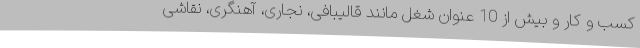
کسب و کار و بیش از 10 عنوان شغل مانند قالیبافی، نجاری، آهنگری، نقاشی